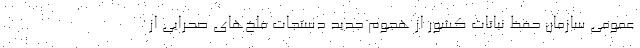
عمومی سازمان حفظ نباتات کشور از هجوم جدید دستجات ملخ‌های صحرایی از